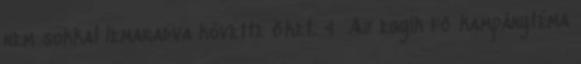
nem sokkal lemaradva követte őket. 4 Az egyik fő kampánytéma